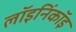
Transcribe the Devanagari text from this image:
लॉइनिंकॉइ